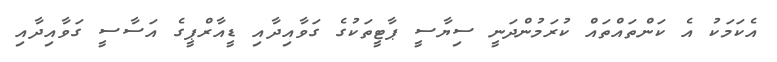
އެކަމަކު އެ ކަންތައްތައް ކުރަމުންދަނީ ސިޔާސީ ޕާޓީތަކުގެ ގަވާއިދާއި ޑީއާރްޕީގެ އަސާސީ ގަވާއިދާއި